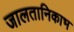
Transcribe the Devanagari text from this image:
जालतानिकाभ